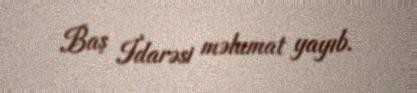
Baş İdarəsi məlumat yayıb.